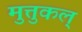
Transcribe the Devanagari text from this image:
मुत्तुकल्